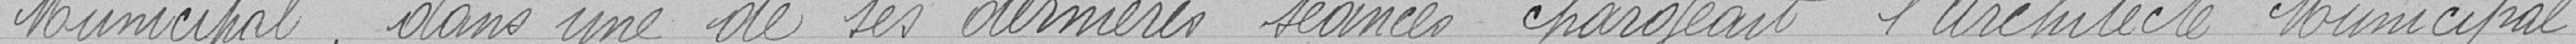
Municipal, dans une de ses dernières séances chargeait l'architecte municipal